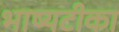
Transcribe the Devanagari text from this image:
भाष्यटीका